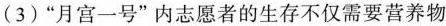
(3)”月宫一号”内志愿者的生存不仅需要营养物